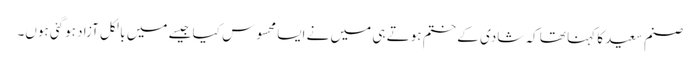
صنم سعید کا کہنا تھا کہ شادی کے ختم ہوتے ہی میں نے ایسا محسوس کیا جیسے میں بالکل آزاد ہوگئی ہوں۔